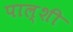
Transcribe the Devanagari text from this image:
पाल्शी